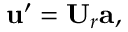
{ \mathbf { u } } ^ { \prime } = { \mathbf { U } } _ { r } { \mathbf { a } } ,